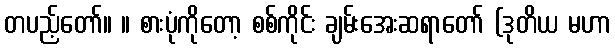
တပည့်တော်။ ။ စားပုံကိုတော့ စစ်ကိုင်း ချမ်းအေးဆရာတော် (ဒုတိယ မဟာ